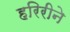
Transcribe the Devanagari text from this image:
हरिरीने